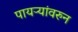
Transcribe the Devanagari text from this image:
पायऱ्यांवरुन